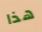
هذا